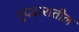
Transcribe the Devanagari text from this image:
गुदद्वारातील